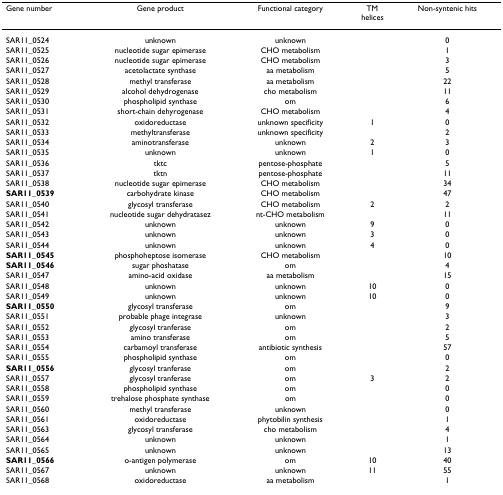
<table><thead><tr><td><b>Gene number</b></td><td><b>Gene product</b></td><td><b>Functional category</b></td><td><b>TM helices</b></td><td><b>Non-syntenic hits</b></td></tr></thead><tbody><tr><td>SAR11_0524</td><td>unknown</td><td>unknown</td><td></td><td>0</td></tr><tr><td>SAR11_0525</td><td>nucleotide sugar epimerase</td><td>CHO metabolism</td><td></td><td>1</td></tr><tr><td>SAR11_0526</td><td>nucleotide sugar epimerase</td><td>CHO metabolism</td><td></td><td>3</td></tr><tr><td>SAR11_0527</td><td>acetolactate synthase</td><td>aa metabolism</td><td></td><td>5</td></tr><tr><td>SAR11_0528</td><td>methyl transferase</td><td>aa metabolism</td><td></td><td>22</td></tr><tr><td>SAR11_0529</td><td>alcohol dehydrogenase</td><td>cho metabolism</td><td></td><td>11</td></tr><tr><td>SAR11_0530</td><td>phospholipid synthase</td><td>om</td><td></td><td>6</td></tr><tr><td>SAR11_0531</td><td>short-chain dehyrogenase</td><td>CHO metabolism</td><td></td><td>4</td></tr><tr><td>SAR11_0532</td><td>oxidoreductase</td><td>unknown specificity</td><td>1</td><td>0</td></tr><tr><td>SAR11_0533</td><td>methyltransferase</td><td>unknown specificity</td><td></td><td>2</td></tr><tr><td>SAR11_0534</td><td>aminotransferase</td><td>unknown</td><td>2</td><td>3</td></tr><tr><td>SAR11_0535</td><td>unknown</td><td>unknown</td><td>1</td><td>0</td></tr><tr><td>SAR11_0536</td><td>tktc</td><td>pentose-phosphate</td><td></td><td>5</td></tr><tr><td>SAR11_0537</td><td>tktn</td><td>pentose-phosphate</td><td></td><td>11</td></tr><tr><td>SAR11_0538</td><td>nucleotide sugar epimerase</td><td>CHO metabolism</td><td></td><td>34</td></tr><tr><td><b>SAR11_0539</b></td><td>carbohydrate kinase</td><td>CHO metabolism</td><td></td><td>47</td></tr><tr><td>SAR11_0540</td><td>glycosyl transferase</td><td>CHO metabolism</td><td>2</td><td>2</td></tr><tr><td>SAR11_0541</td><td>nucleotide sugar dehydratasez</td><td>nt-CHO metabolism</td><td></td><td>11</td></tr><tr><td>SAR11_0542</td><td>unknown</td><td>unknown</td><td>9</td><td>0</td></tr><tr><td>SAR11_0543</td><td>unknown</td><td>unknown</td><td>3</td><td>0</td></tr><tr><td>SAR11_0544</td><td>unknown</td><td>unknown</td><td>4</td><td>0</td></tr><tr><td><b>SAR11_0545</b></td><td>phosphoheptose isomerase</td><td>CHO metabolism</td><td></td><td>10</td></tr><tr><td><b>SAR11_0546</b></td><td>sugar phoshatase</td><td>om</td><td></td><td>4</td></tr><tr><td>SAR11_0547</td><td>amino-acid oxidase</td><td>aa metabolism</td><td></td><td>15</td></tr><tr><td>SAR11_0548</td><td>unknown</td><td>unknown</td><td>10</td><td>0</td></tr><tr><td>SAR11_0549</td><td>unknown</td><td>unknown</td><td>10</td><td>0</td></tr><tr><td><b>SAR11_0550</b></td><td>glycosyl transferase</td><td>om</td><td></td><td>9</td></tr><tr><td>SAR11_0551</td><td>probable phage integrase</td><td>unknown</td><td></td><td>3</td></tr><tr><td>SAR11_0552</td><td>glycosyl tranferase</td><td>om</td><td></td><td>2</td></tr><tr><td>SAR11_0553</td><td>amino transferase</td><td>om</td><td></td><td>5</td></tr><tr><td>SAR11_0554</td><td>carbamoyl transferase</td><td>antibiotic synthesis</td><td></td><td>57</td></tr><tr><td>SAR11_0555</td><td>phospholipid synthase</td><td>om</td><td></td><td>0</td></tr><tr><td><b>SAR11_0556</b></td><td>glycosyl tranferase</td><td>om</td><td></td><td>2</td></tr><tr><td>SAR11_0557</td><td>glycosyl tranferase</td><td>om</td><td>3</td><td>2</td></tr><tr><td>SAR11_0558</td><td>phospholipid synthase</td><td>om</td><td></td><td>0</td></tr><tr><td>SAR11_0559</td><td>trehalose phosphate synthase</td><td>om</td><td></td><td>0</td></tr><tr><td>SAR11_0560</td><td>methyl transferase</td><td>unknown</td><td></td><td>0</td></tr><tr><td>SAR11_0561</td><td>oxidoreductase</td><td>phytobilin synthesis</td><td></td><td>1</td></tr><tr><td>SAR11_0563</td><td>glycosyl transferase</td><td>cho metabolism</td><td></td><td>4</td></tr><tr><td>SAR11_0564</td><td>unknown</td><td>unknown</td><td></td><td>1</td></tr><tr><td>SAR11_0565</td><td>unknown</td><td>unknown</td><td></td><td>13</td></tr><tr><td><b>SAR11_0566</b></td><td>o-antigen polymerase</td><td>om</td><td>10</td><td>40</td></tr><tr><td>SAR11_0567</td><td>unknown</td><td>unknown</td><td>11</td><td>55</td></tr><tr><td>SAR11_0568</td><td>oxidoreductase</td><td>aa metabolism</td><td></td><td>1</td></tr></tbody></table>